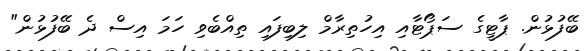
ބޭފުޅުން. ޕާޓީގެ ސަޕޯޓާއި އިހުތިރާމް ލިބިފައި ތިއްބެވި ހަމަ އިސް ދެ ބޭފުޅުން"